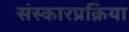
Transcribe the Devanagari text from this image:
संस्कारप्रक्रिया